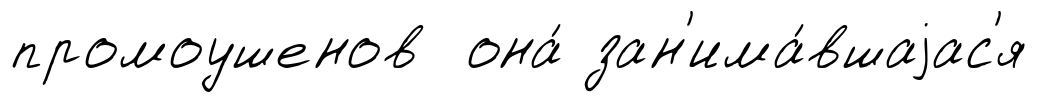
промоушенов она́ зан'има́вшаjас'я